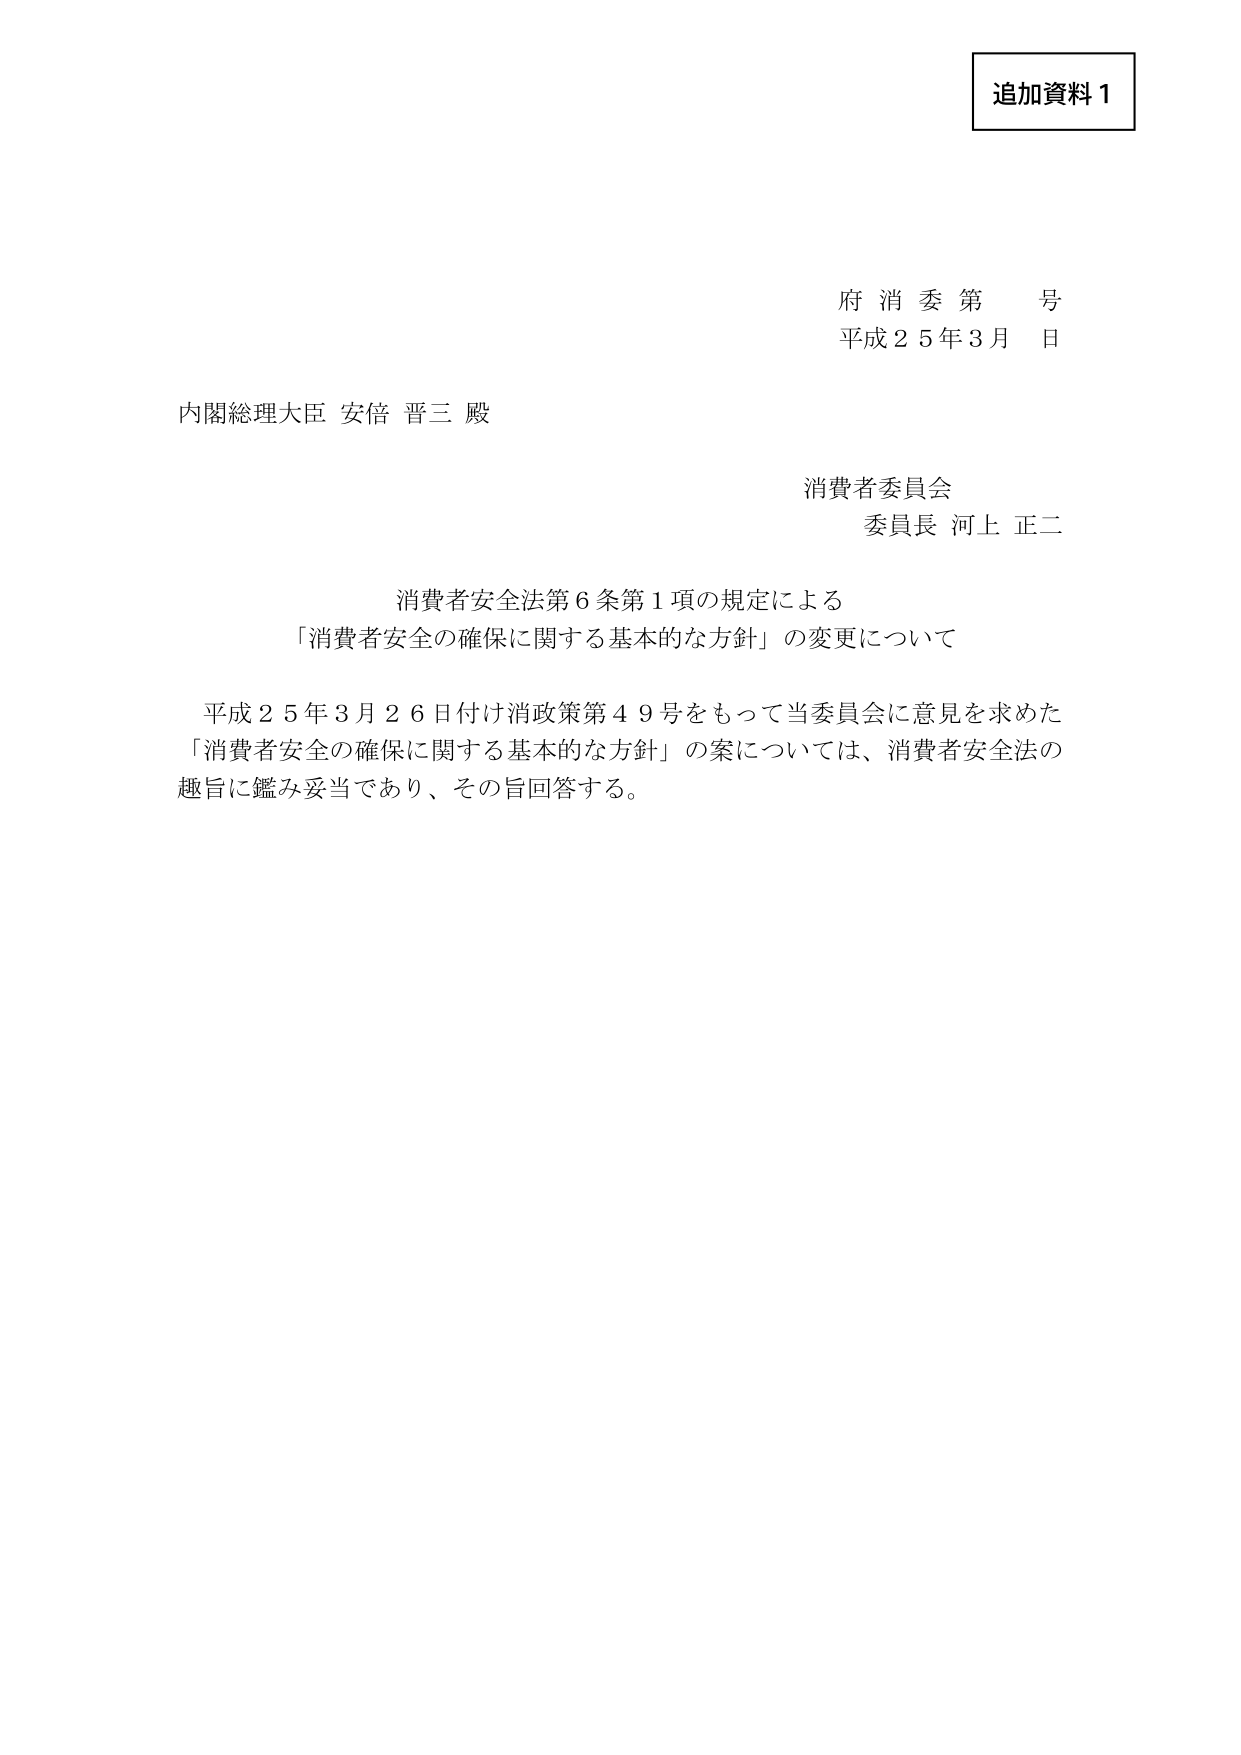
追加資料１

府 消 委 第 号
平成２５年３月 日

内閣総理大臣 安倍 晋三 殿

消費者委員会
委員長 河上 正二

消費者安全法第６条第１項の規定による
「消費者安全の確保に関する基本的な方針」の変更について

平成２５年３月２６日付け消政策第４９号をもって当委員会に意見を求めた
「消費者安全の確保に関する基本的な方針」の案については、消費者安全法の
趣旨に鑑み妥当であり、その旨回答する。